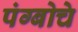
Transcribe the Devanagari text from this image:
पंग्बोचे